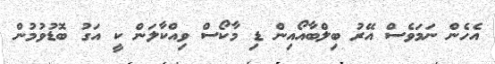
އެހެން ނަމަވެސް އޭރު ބިލްބާއޯއިން ޑި މާކޯސް ވިއްކާލަން ކީ އަގު ބޮޑުވުމުން